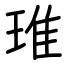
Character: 琟